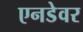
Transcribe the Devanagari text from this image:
एनडेवर